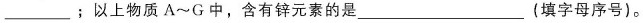
___；以上物质A~G中，含有锌元素的是___(填字母序号)。